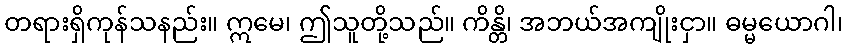
တရားရှိကုန်သနည်း။ ဣမေ၊ ဤသူတို့သည်။ ကိန္တိ၊ အဘယ်အကျိုးငှာ။ ဓမ္မယောဂါ၊